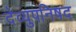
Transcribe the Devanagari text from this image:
देव्युपनिषद